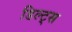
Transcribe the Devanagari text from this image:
डिल्ट्स